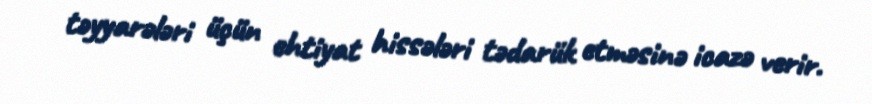
təyyarələri üçün ehtiyat hissələri tədarük etməsinə icazə verir.